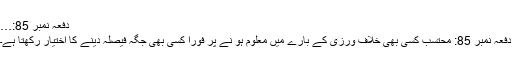
دفعہ نمبر 85:…
دفعہ نمبر 85: محتسب کسی بھی خلاف ورزی کے بارے میں معلوم ہو نے پر فوراً کسی بھی جگہ فیصلہ دینے کا اختیار رکھتا ہے۔